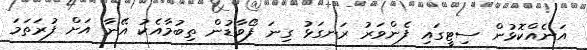
އަނެއްކޮޅުން ސިޓީގައި ފެންވަރު ރަނގަޅު ގިނަ ފޯވާޑުން ތިބުމާއެކު އޭނާ އަށް ފުރަތަމަ